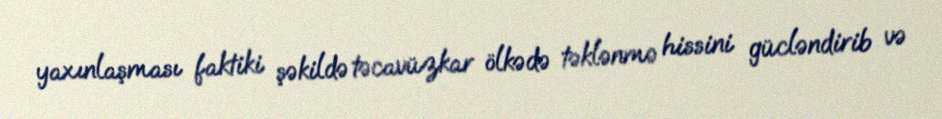
yaxınlaşması faktiki şəkildə təcavüzkar ölkədə təklənmə hissini gücləndirib və